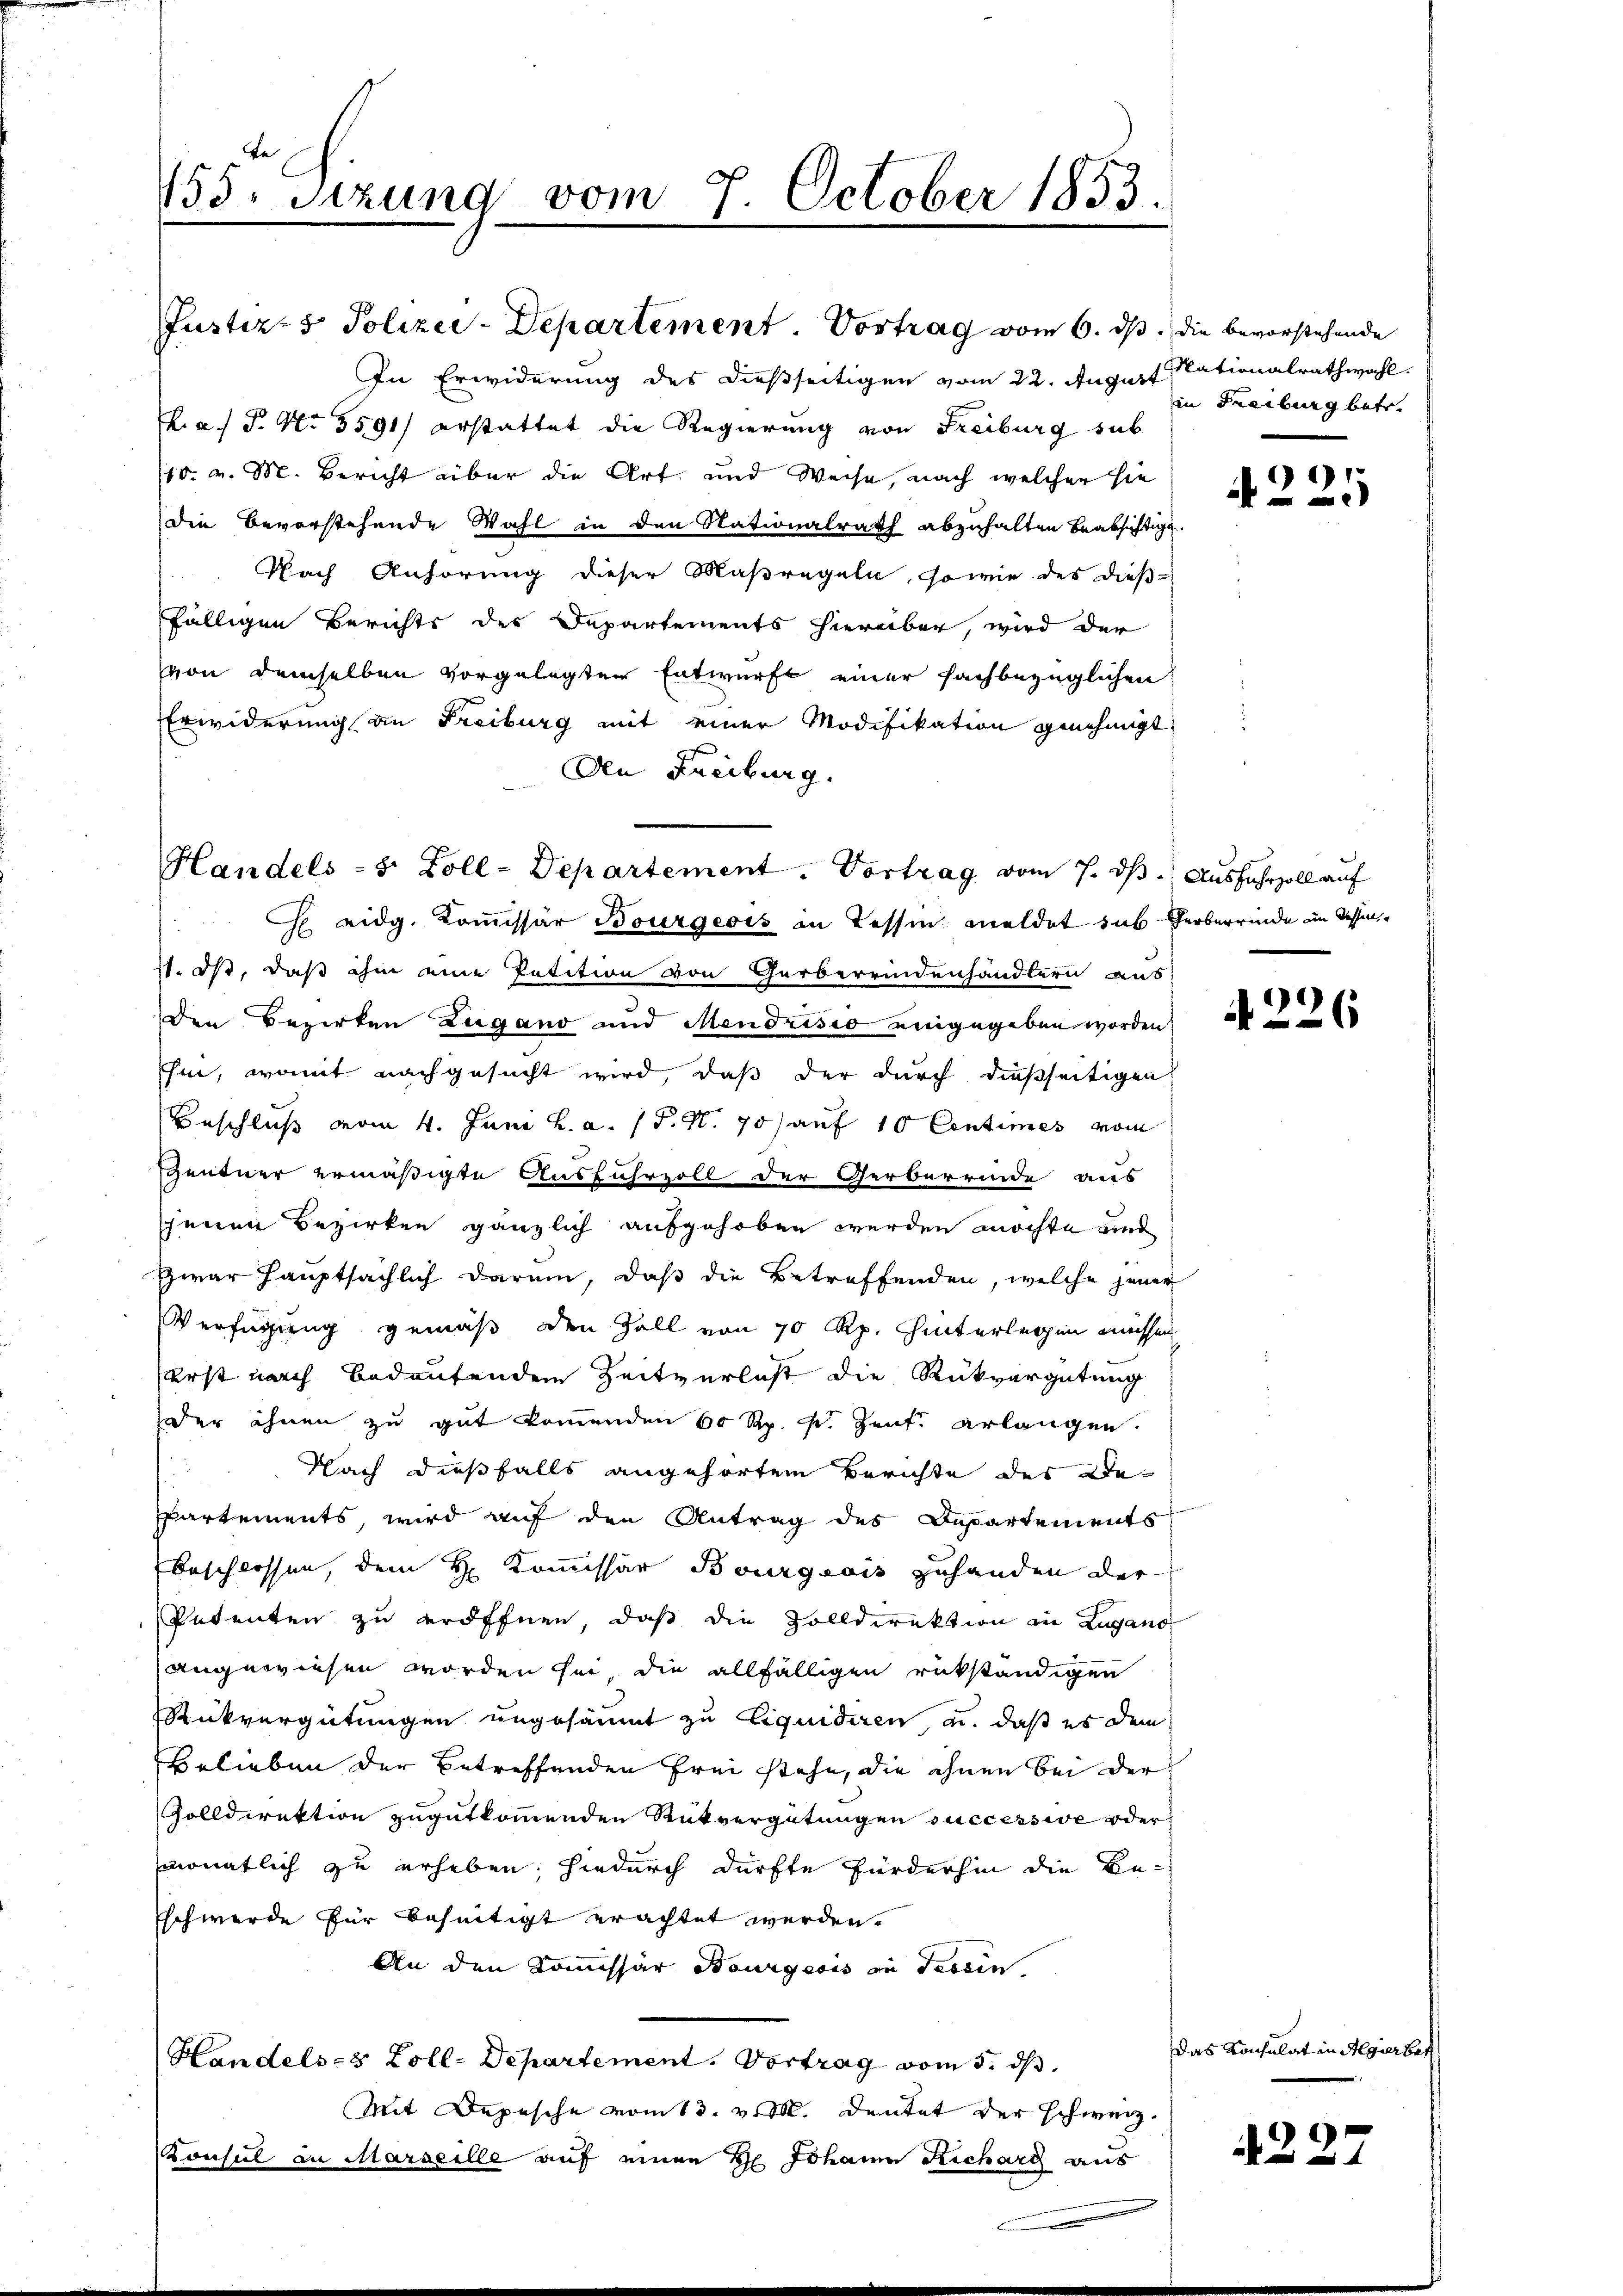
158. Sizung vom 7. October 1853.

Justiz- & Polizei-Departement. Vortrag vom 6. ds. die bevorstehende

Handels-S. Zoll-Departement. Vortrag vom 7. ds. Ausfuhrzoll auf

In Erwiderung des dießseitigen vom 22. August Nationalrathwahl.
Pas P. Nr. 3591) erstattet die Regierung von Freiburg sub
10. v. M. Bericht über die Art und Weise, nach welcher sie
Die Bevorstehende Wahl in den Nationalrath abzuhalten beabsichtig
Nach Anhörung dieser Maßregeln, sowie des dieß
fälligen Berichts der Departements hierüber, wird der
von demselben vorgelegten Entwurf einer sachbezüglichen
Erwiderung an Freiburg mit einer Modifikation genehmigt
Den Freiburg.
 eidg. Koṁissär Bourgeois in Tessin meldet sub¬
11. ist, daß ihm eine Petition von Gerberrindenhändlern aus
den Bezirken Zugano und Mendrisio eingegeben worden
hi, womit nachgesucht wird, daß der durch dießseitigen
Beschluß vom 4. Juni h. a. (T. N. 70) auf 10 Centimes vom
Zentner ermäßigte Ausfuhrzoll der Gerberrinde aus
jenen Bezirken gänzlich aufgehoben werden möchte und
Zwar hauptsächlich darum, daß die Betreffenden, welche jene
Verfügung gemäß den Zoll von 70 Rp. hinterlegen müsse
erst nach bedeutenden Zeitverlust die Rückvergütung
oder ihnen zu gut kommenden 60 Rp. s. Zeit erlangen.
Nach dießfalls angehörtem Berichte des De¬
PPartements, wird auf den Antrag des Departements
beschlossen, dem H. Kommissär Bourgeois zuhanden der
Petenten zu eröffnen, daß die Zolldirektion in Zugan
angewiesen worden sei, die allfälligen rükständigen
Rückvergütungen ungesäumt zu Liquidiren, u. daß es dem
Belieben der betreffenden Frei stehe, die ihnen bei der
Zolldirektion zugutkommenden Rückvergütungen successive oder
monatlich zu erheben, hiedurch dürfte fürderhin die Be¬
Eschwerde für beseitigt erachtet werden.
An den Kommissär Bourgeois in dessen
Handels-3 Zoll-Departement. Vortrag vom 5. ds.
Mit Depesche vom 13. v. M. deutet der schweiz.
Konsul an Marseille auf einen H. Johann Richard aus

f

in Freiburg betr.

)

Herberrinde in dessen

N 226

das Konsulat in Algierbet

4227